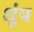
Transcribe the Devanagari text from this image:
धूंप